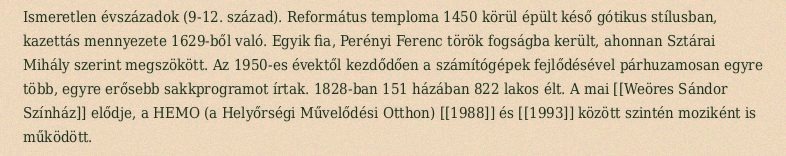
Ismeretlen évszázadok (9-12. század). Református temploma 1450 körül épült késő gótikus stílusban, kazettás mennyezete 1629-ből való. Egyik fia, Perényi Ferenc török fogságba került, ahonnan Sztárai Mihály szerint megszökött. Az 1950-es évektől kezdődően a számítógépek fejlődésével párhuzamosan egyre több, egyre erősebb sakkprogramot írtak. 1828-ban 151 házában 822 lakos élt. A mai [[Weöres Sándor Színház]] elődje, a HEMO (a Helyőrségi Művelődési Otthon) [[1988]] és [[1993]] között szintén moziként is működött.